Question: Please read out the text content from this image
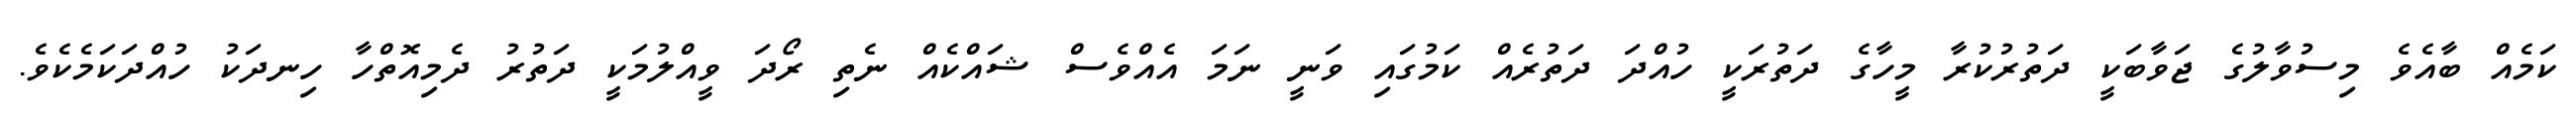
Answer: ކަމެއް ބާއެވެ މިސުވާލުގެ ޖަވާބަކީ ދަތުރުކުރާ މީހާގެ ދަތުރަކީ ހުއްދަ ދަތުރެއް ކަމުގައި ވަނީ ނަމަ އެއްވެސް ޝައްކެއް ނެތި ރޯދަ ވީއްލުމަކީ ދަތުރު ދެމިއޮތްހާ ހިނދަކު ހުއްދަކަމެކެވެ.